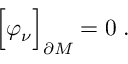
\Bigr [ \varphi _ { \nu } \Bigr ] _ { \partial M } = 0 \; .